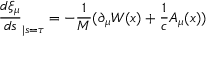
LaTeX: \frac { d \xi _ { \mu } } { d s } _ { | s = \tau } = - \frac { 1 } { M } ( \partial _ { \mu } W ( x ) + \frac { 1 } { c } A _ { \mu } ( x ) )